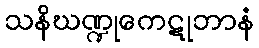
သနိဃဏ္ဍုကေဋုဘာနံ